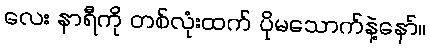
လေး နာရီကို တစ်လုံးထက် ပိုမသောက်နဲ့နော်။